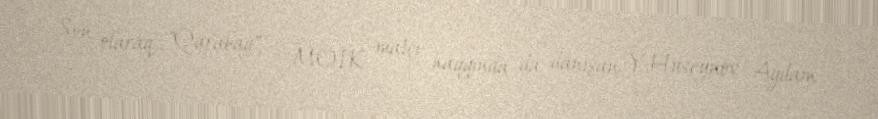
Son olaraq, "Qarabağ" - MOİK matçı haqqında da danışan Y.Hüseynov Ağdam